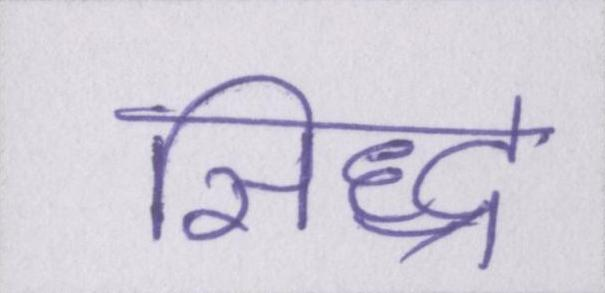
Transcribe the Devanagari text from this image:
सिद्ध